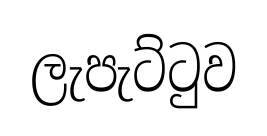
ලැපැට්ටුව